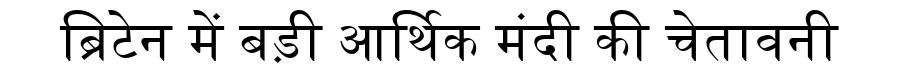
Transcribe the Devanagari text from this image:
ब्रिटेन में बड़ी आर्थिक मंदी की चेतावनी